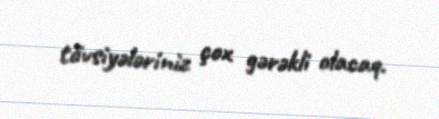
tövsiyələriniz çox gərəkli olacaq.